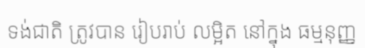
ទង់ជាតិ ត្រូវបាន រៀបរាប់ លម្អិត នៅក្នុង ធម្មនុញ្ញ